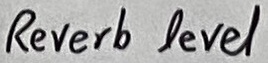
Text: Reverb level